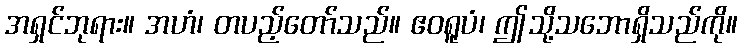
အရှင်ဘုရား။ အဟံ၊ တပည့်တော်သည်။ ဧဝရူပံ၊ ဤသို့သဘောရှိသည်ကို။